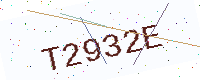
Text: T2932E